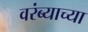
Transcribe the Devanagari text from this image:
वरंब्याच्या